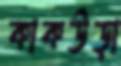
কাকউড়া